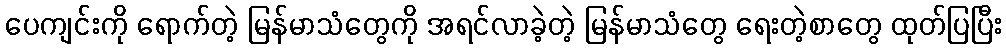
ပေကျင်းကို ရောက်တဲ့ မြန်မာသံတွေကို အရင်လာခဲ့တဲ့ မြန်မာသံတွေ ရေးတဲ့စာတွေ ထုတ်ပြပြီး